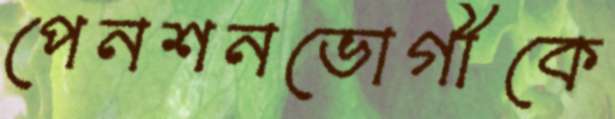
পেনশনভোগীকে